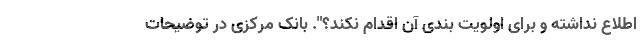
اطلاع نداشته و برای اولویت بندی آن اقدام نکند؟". بانک مرکزی در توضیحات